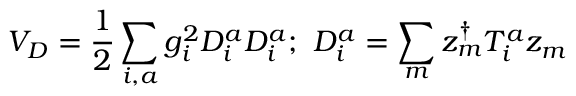
V _ { D } = \frac { 1 } { 2 } \sum _ { i , a } g _ { i } ^ { 2 } D _ { i } ^ { a } D _ { i } ^ { a } ; ~ D _ { i } ^ { a } = \sum _ { m } z _ { m } ^ { \dagger } T _ { i } ^ { a } z _ { m }